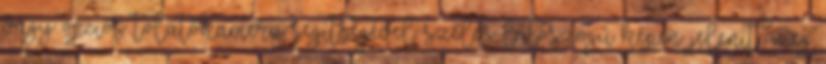
vagy opciós tolatókamera segítségével széles látószögű képen jeleníti meg